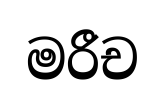
මරීච